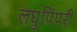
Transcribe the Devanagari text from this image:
लघुपिंपरी